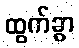
ထွက်ခွာ